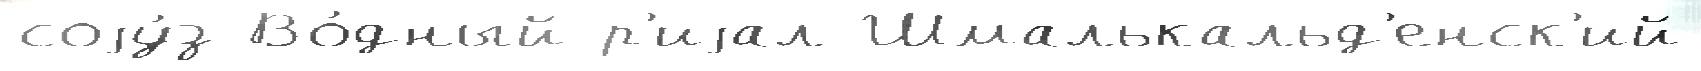
соjу́з Во́дный р'иjал Шмалькальд'енск'ий